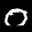
Label: 0